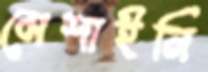
মেশাইনি